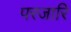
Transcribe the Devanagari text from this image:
परजारि